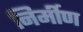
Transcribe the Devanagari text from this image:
निर्मीण